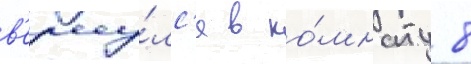
в'ерну́лс'я в ко́мнату 8